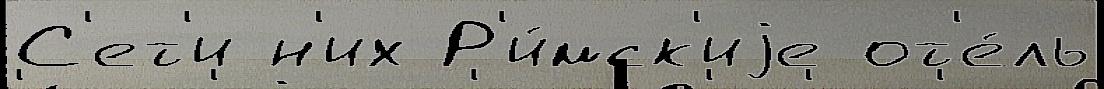
С'ет'и н'их Р'и́мск'иjе от'е́ль